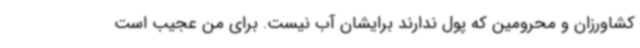
کشاورزان و محرومین که پول ندارند برایشان آب نیست. برای من عجیب است